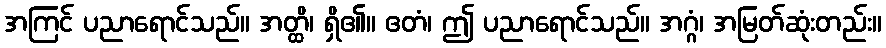
အကြင် ပညာရောင်သည်။ အတ္ထိ၊ ရှိ၏။ ဧတံ၊ ဤ ပညာရောင်သည်။ အဂ္ဂံ၊ အမြတ်ဆုံးတည်း။